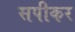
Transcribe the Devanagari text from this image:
सपीकर